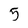
Character: 5